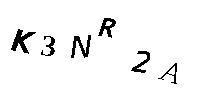
K3NR2A